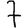
Digit: 7